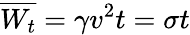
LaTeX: \overline{{W_{t}}}=\gamma v^{2}t=\sigma t